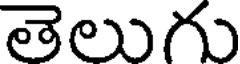
తెలుగు